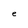
Character: e